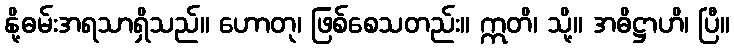
နို့ဓမ်းအရသာရှိသည်။ ဟောတု၊ ဖြစ်စေသတည်း။ ဣတိ၊ သို့။ အဓိဋ္ဌာဟိ၊ ပြီ။